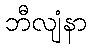
ဘီလျံနာ